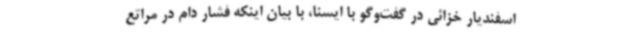
اسفندیار خزائی در گفت‌وگو با ایسنا، با بیان اینکه فشار دام در مراتع